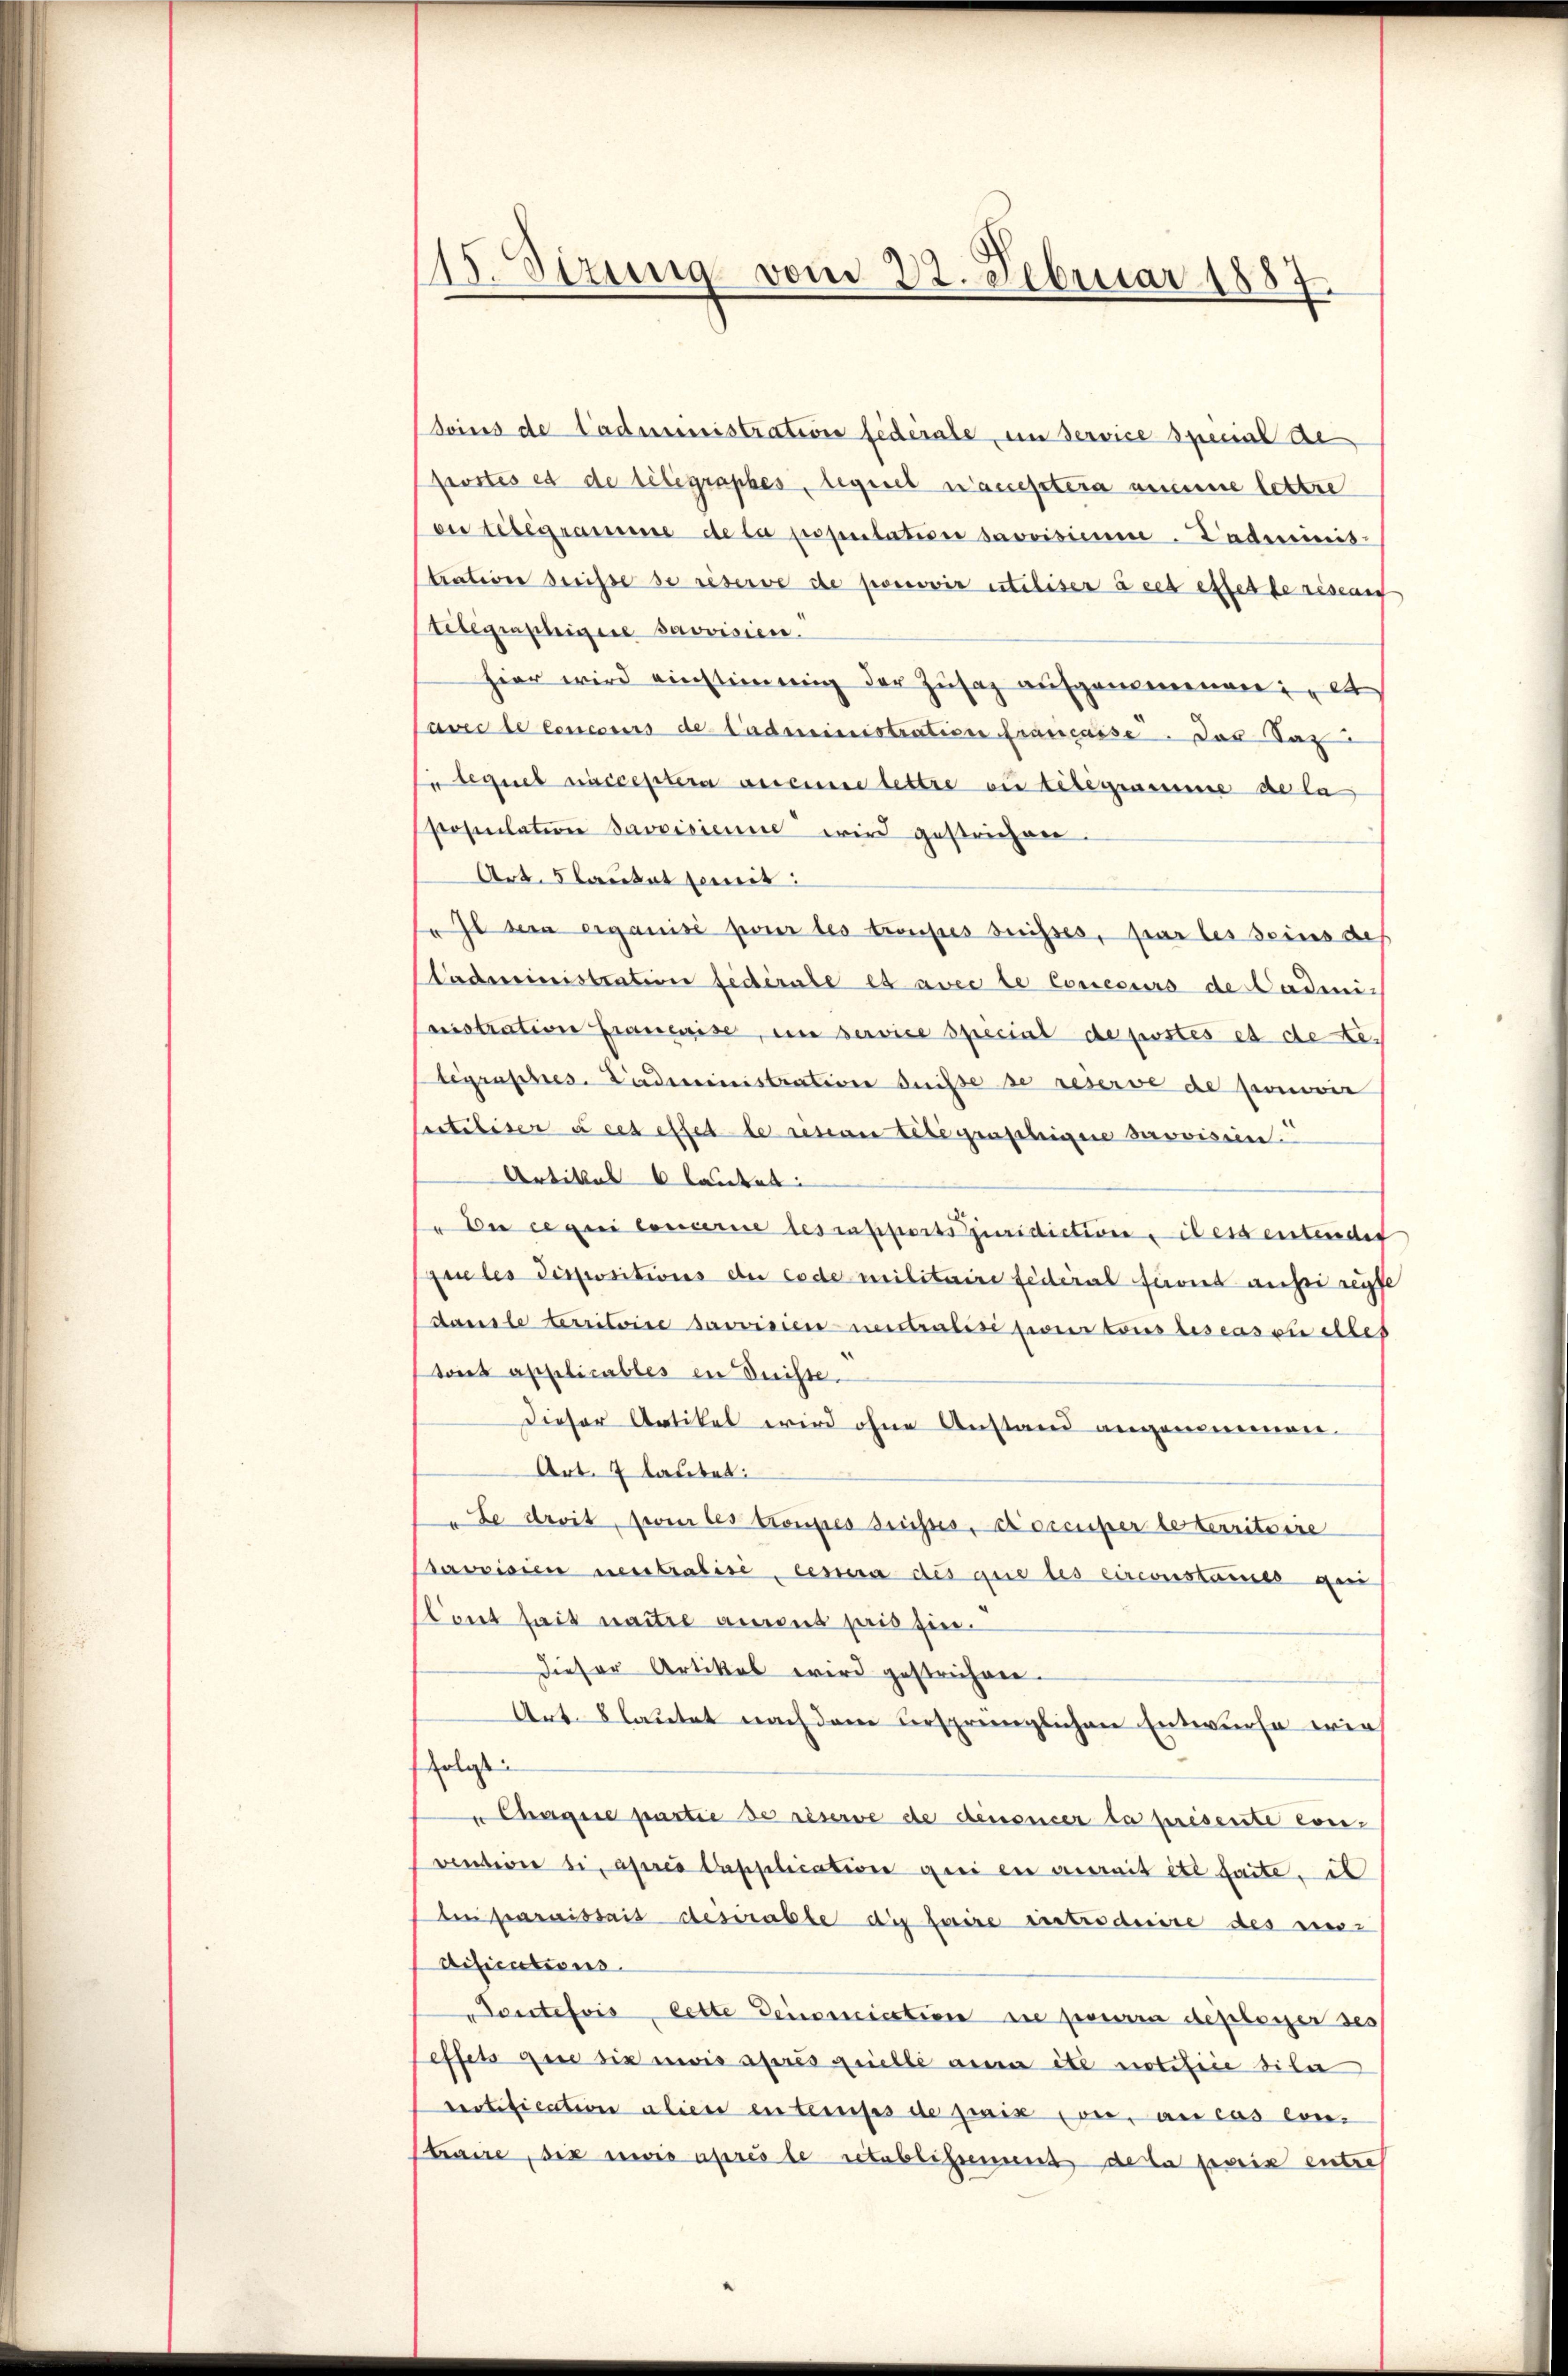
¬
Sizung vom 22. Februar 1887

soins de tadministration fédérale, im Service special de
portes es de telegraphes, legnet nauestera ammine lettre
on telegramme de la population bevoisimm. Padministration breisse se reserve de promovir esteliser à cet effet de riseunf
Stitegraphigere provisien.
hier wird einstimmig der Zusatz aufgenommenen; et
Pavec le concours de tadministration francasse. Das Tax
u bequet acceptera auseine lettre ou telegramme de la
Posulation savoisienne wird gestrichen.
Art. 5 lautet semit:
Il sein erganisi pour les troupes drisses, par les seins des
Cadministration fédérale es avec le Concours de Codei-
nistration franewise, in service special de postés et de Relegraphes. Ladeministration desse se reserve de promovir
Certiliser à cet effet le resian telegraphigene provision.
Artikel 6 lautet:
u de ce qui concerne des rapports Juridictione il es entendet
que les dispositions der code militaire fédéral feront aussi reyfe
dausle erritoire sacrisieruntralisi poner tous les cassi elles
tont applicables in Disse.
Dieser Artikel wird ohne Anstand angenommen.
Art. 7 lautet:
Le droit, zweir les troupes suisses, coccuper le territoire
Sacrisien neutralise, cessera des que les circonstaines geri
Cont seit naitre ansus pris ein.
Dieser Artikel wird gestrichen.
Art. Blautet nach dem ursprünglichen Entwurfe wir
folass
u Chargie partie de reserve de dénoncer la présente con-
venterie si, après Capplication geei en aurait été faite, is
ben paraissait desirable die faire introduire des ver-
difications.
Toutefois, lette Deinenication die pourra deposser ses
feffets que six mois spres quelle an ite notifice dila
Pertification alien entemps de zweis von an cas con-
traire, die wie après le retablissement de la paris entre